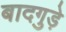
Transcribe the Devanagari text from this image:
बादगुड़े